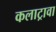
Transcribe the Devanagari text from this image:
कलाट्रावा